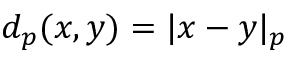
d _ { p } ( x , y ) = | x - y | _ { p }